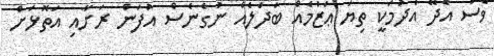
ވެސް އެދޭ އެދުމަކީ ތިޔަ ޢަޒުމެއް ބަދަލެއް ނުގެނެސް އުފަން ރަށާއި އަތޮޅަށް